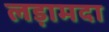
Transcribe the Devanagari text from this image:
लड़ामदा